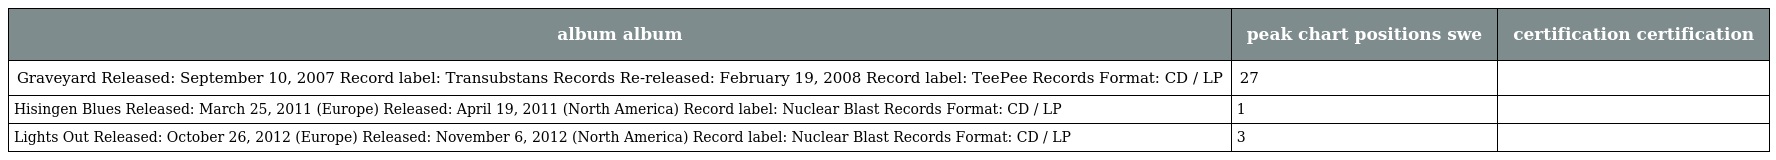
| album album | peak chart positions swe | certification certification |
 | --- | --- | --- |
 | Graveyard Released: September 10, 2007 Record label: Transubstans Records Re-released: February 19, 2008 Record label: TeePee Records Format: CD / LP | 27 |  |
 | Hisingen Blues Released: March 25, 2011 (Europe) Released: April 19, 2011 (North America) Record label: Nuclear Blast Records Format: CD / LP | 1 |  |
 | Lights Out Released: October 26, 2012 (Europe) Released: November 6, 2012 (North America) Record label: Nuclear Blast Records Format: CD / LP | 3 |  |